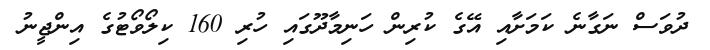
ދުވަސް ނަގާނެ ކަމަށާއި އޭގެ ކުރިން ހަނިމާދޫގައި ހުރި 160 ކިލޯވޯޓުގެ އިންޖީނު